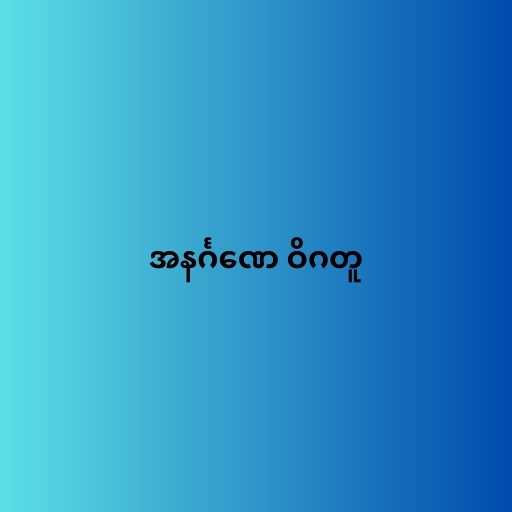
အနင်္ဂဏေ ဝိဂတူ